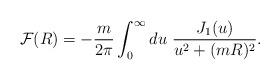
LaTeX: \begin{align*}{\cal F}(R) = -\frac{m}{2\pi}\int_0^\infty du\ \frac{J_1(u)}{u^2+(mR)^2}.\end{align*}